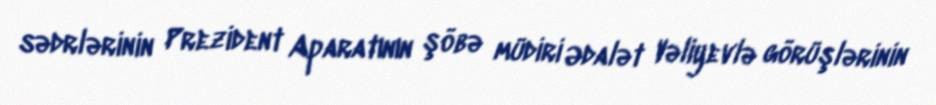
sədrlərinin Prezident Aparatının şöbə müdiri Ədalət Vəliyevlə görüşlərinin